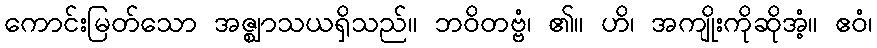
ကောင်းမြတ်သော အဇ္ဈာသယရှိသည်။ ဘဝိတဗ္ဗံ၊ ၏။ ဟိ၊ အကျိုးကိုဆိုအံ့။ ဧဝံ၊